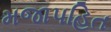
મજાપહિત